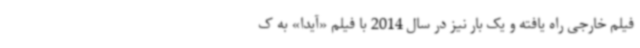
فیلم خارجی راه یافته و یک بار نیز در سال 2014 با فیلم «آیدا» به ک